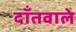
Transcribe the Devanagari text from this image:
दाँतवाले